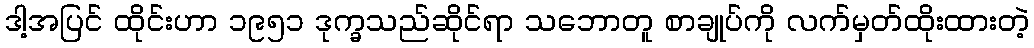
ဒါ့အပြင် ထိုင်းဟာ ၁၉၅၁ ဒုက္ခသည်ဆိုင်ရာ သဘောတူ စာချုပ်ကို လက်မှတ်ထိုးထားတဲ့